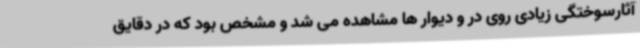
آثارسوختگی زیادی روی در و دیوار ها مشاهده می شد و مشخص بود که در دقایق